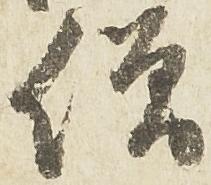
僧